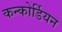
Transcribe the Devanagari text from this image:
कन्कोर्डियन